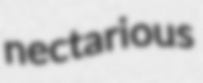
nectarious